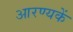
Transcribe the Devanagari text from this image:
आरण्यकें